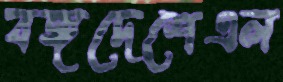
বঙ্গদেশেএল